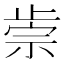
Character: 𣦅